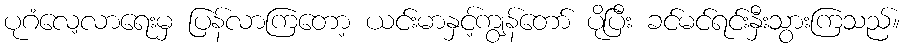
ပုဂံလေ့လာရေးမှ ပြန်လာကြတော့ ယင်းမာနှင့်ကျွန်တော် ပိုပြီး ခင်မင်ရင်းနှီးသွားကြသည်။